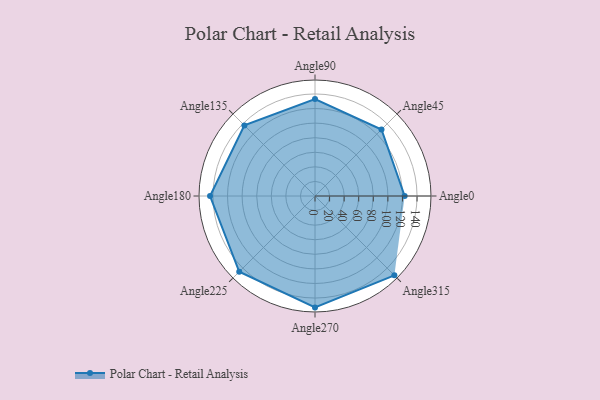
{"axis": {"x": "Angle", "y": "Radius"}, "legend": [""], "data": [{"x": "Angle0", "y": 123.0, "type": ""}, {"x": "Angle45", "y": 129.0, "type": ""}, {"x": "Angle90", "y": 133.0, "type": ""}, {"x": "Angle135", "y": 137.0, "type": ""}, {"x": "Angle180", "y": 144.0, "type": ""}, {"x": "Angle225", "y": 147.0, "type": ""}, {"x": "Angle270", "y": 153.0, "type": ""}, {"x": "Angle315", "y": 154.0, "type": ""}]}